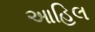
આહિલ